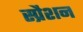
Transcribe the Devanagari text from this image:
स्प्रैशन